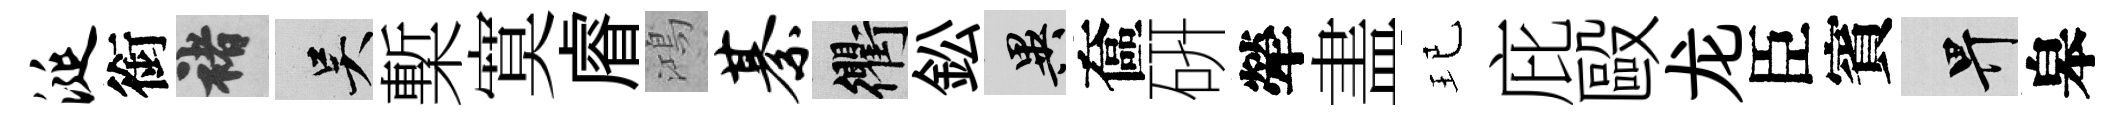
涎銜褚吴槧寞𥈠鴻綦衢鈆异奩硏犖𥁞玘庇毆龙臣賓畀皋